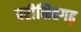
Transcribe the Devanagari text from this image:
परीक्षितगढ़